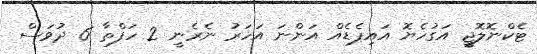
ޓެކްނޮލޮޖީ އަގުހެޔޮ އައިޕެޑެއް އަންނަ އަހަރު ނެރެނީ 2 ހަފްތާ 6 ދުވަސް